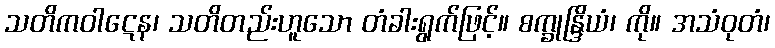
သတိကဝါဋေန၊ သတိတည်းဟူသော တံခါးရွက်ဖြင့်။ စက္ခုန္ဒြိယံ၊ ကို။ အသံဝုတံ၊